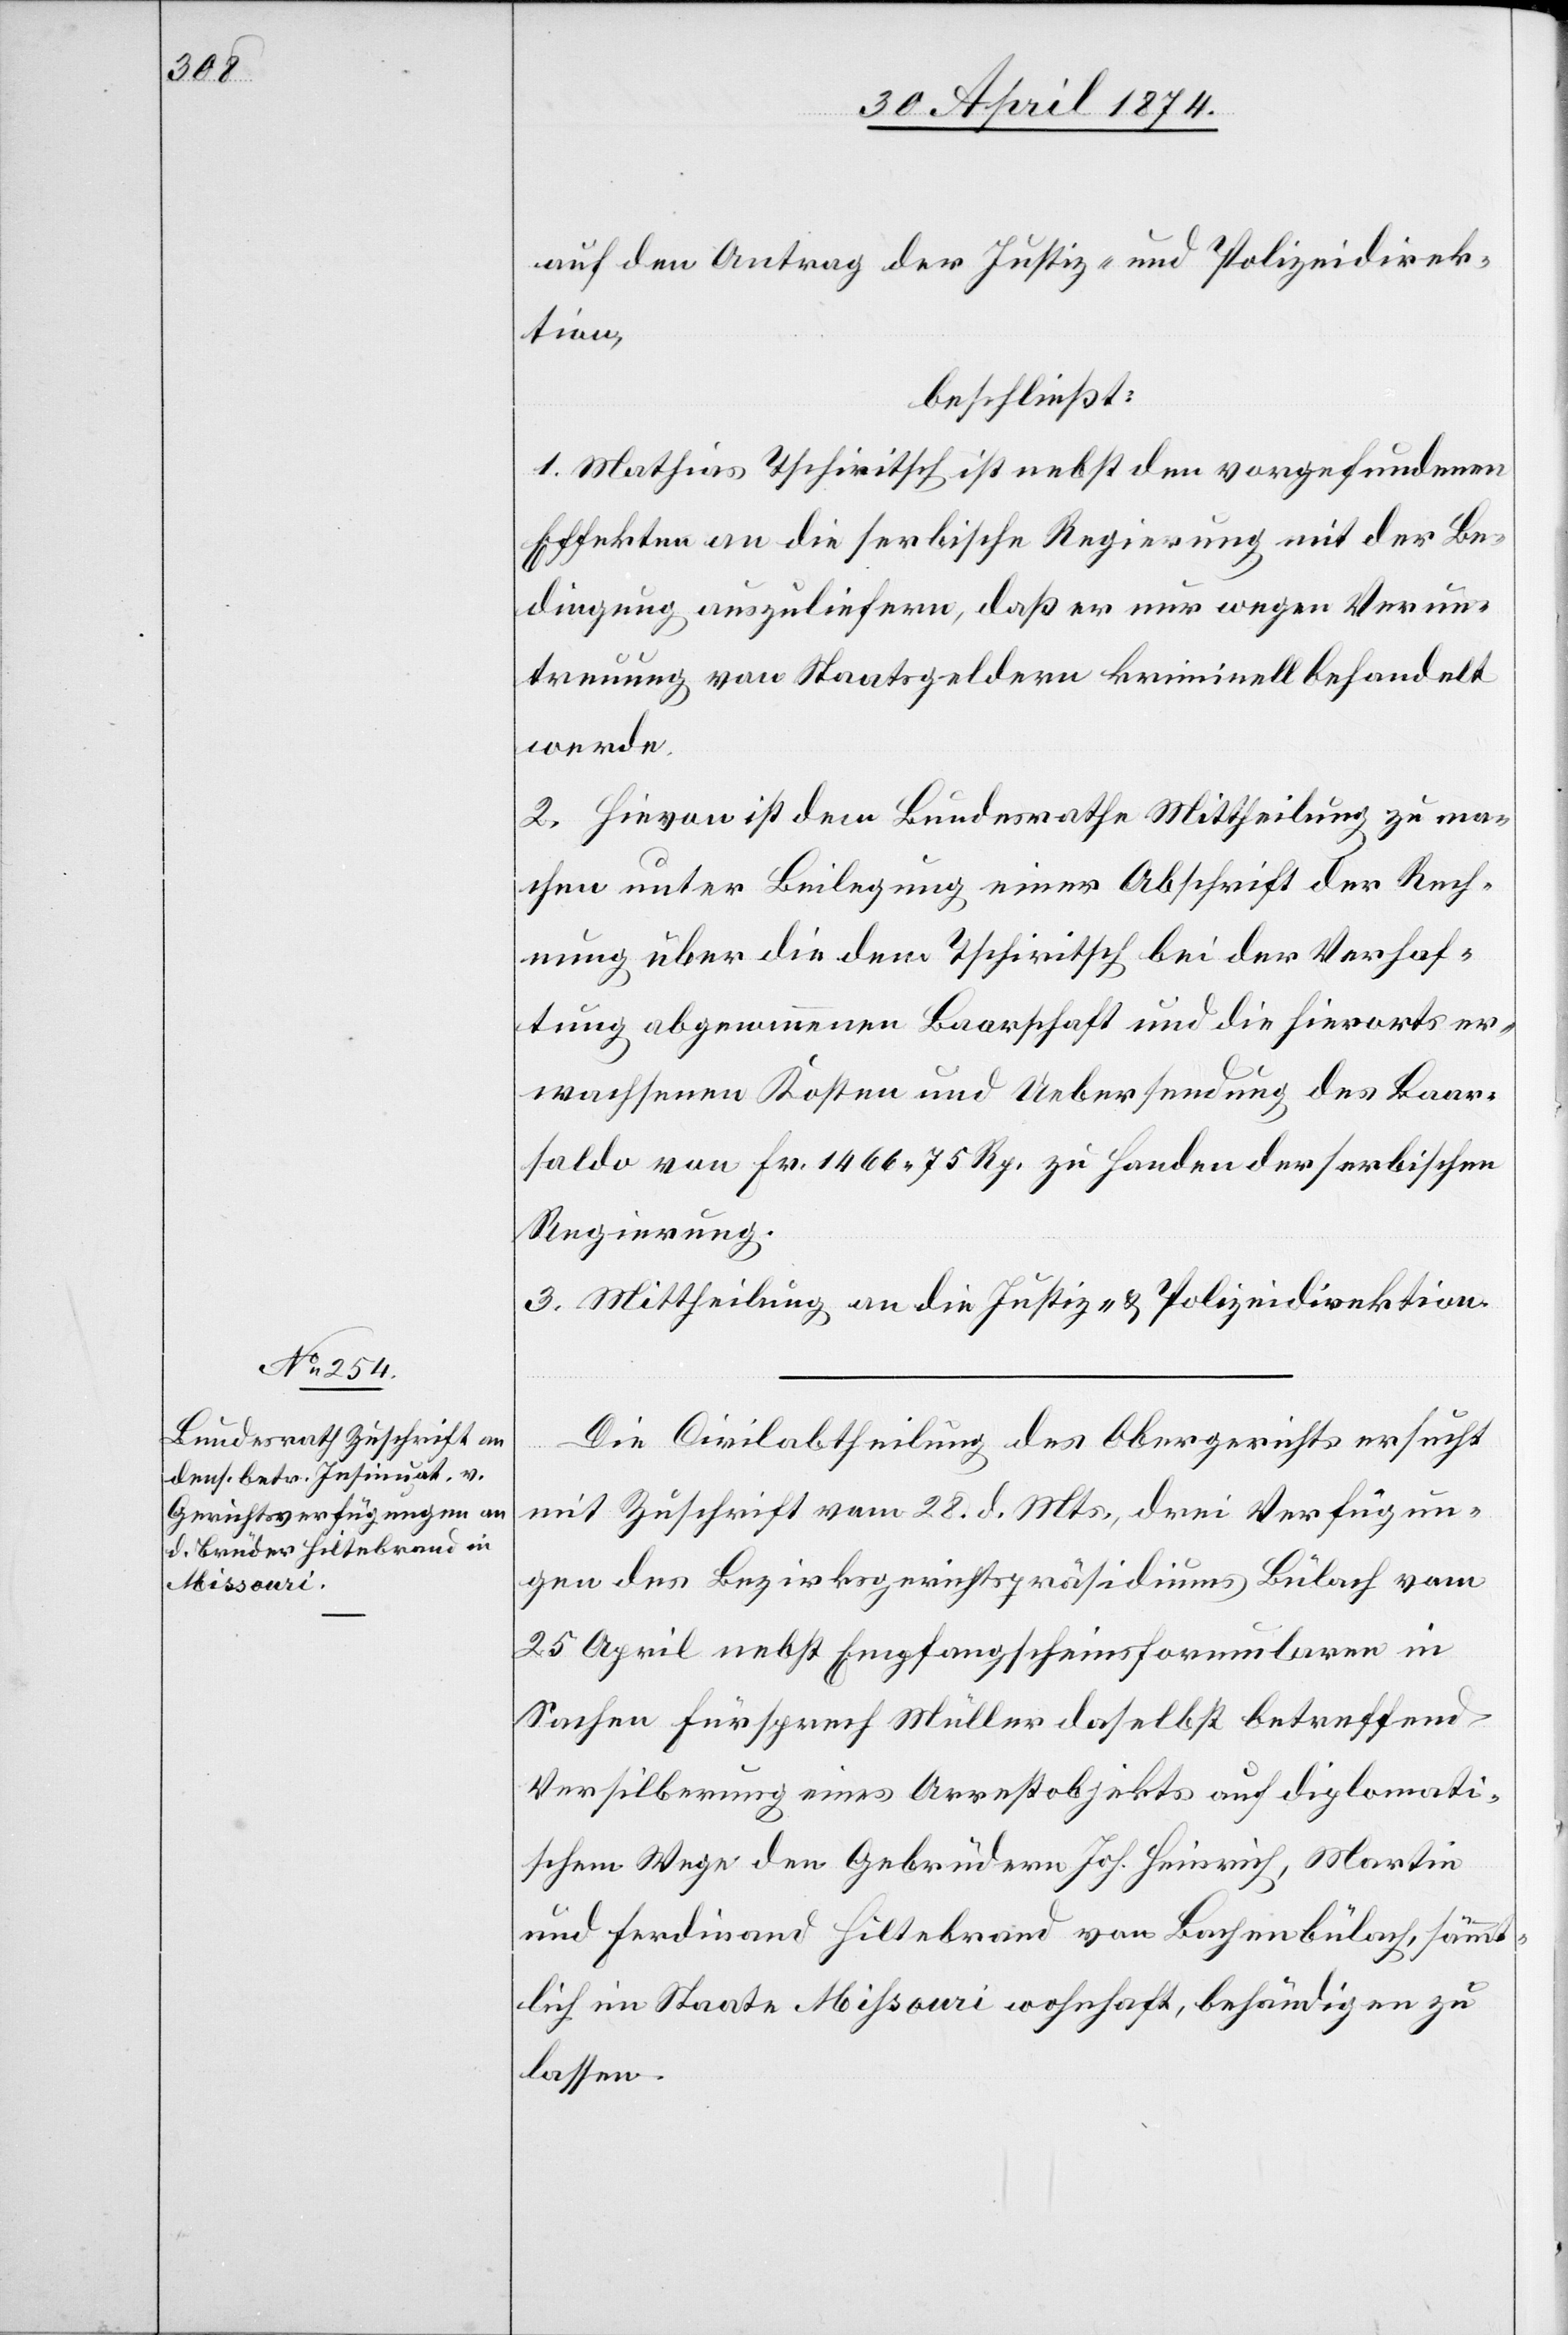
30. April 1874.]
auf den Antrag der Justiz- und Polizeidirek¬
tion,
beschließt:
1. Mathias Tschiritsch ist nebst den vorgefundenen
Effekten an die serbische Regierung mit der Be¬
dingung auszuliefern, daß er nur wegen Verun¬
treuung von Staatsgeldern kriminell behandelt
werde.
2. Hievon ist dem Bundesrathe Mittheilung zu ma¬
chen unter Beilegung einer Abschrift der Rech¬
nung über die dem Tschiritsch bei der Verhaf¬
tung abgenommenen Baarschaft und die hierorts er¬
wachsenen Kosten und Uebersendung des Baar¬
saldo von Fr. 1466.75 Rp. zu Handen der serbischen
Regierung.
3. Mittheilung an die Justiz- u. Polizeidirektion.
Die Civilabtheilung des Obergerichts ersucht
mit Zuschrift vom 28. d. Mts., drei Verfügun¬
gen des Bezirksgerichtspräsidiums Bülach vom
25. April nebst Empfangscheinsformularen in
Sachen Fürsprech Müller daselbst betreffend
Versilberung eines Arrestobjekts auf diplomati¬
schem Wege den Gebrüdern Joh. Heinrich, Martin
und Ferdinand Hiltebrand von Bachenbülach, sämmt¬
lich im Staate Mißouri wohnhaft, beständigen zu
lassen.